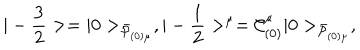
LaTeX: | - { \frac { 3 } { 2 } } > = | 0 > _ { { \bar { \cal P } } _ { ( 0 ) \mu } } , | - { \frac { 1 } { 2 } } > ^ { \mu } = { \cal C } _ { ( 0 ) } ^ { \mu } | 0 > _ { \bar { \cal P } _ { ( 0 ) \mu } } ,